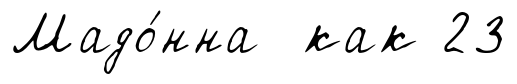
Мадо́нна как 23